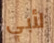
لأبي